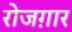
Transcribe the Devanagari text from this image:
रोजग़ार